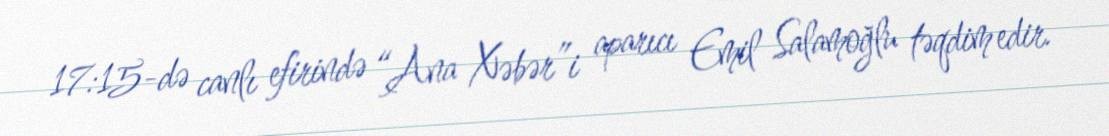
17:15-də canlı efirində “Ana Xəbər”i aparıcı Emil Salamoğlu təqdim edir.